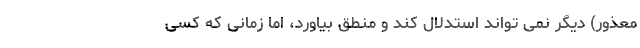
معذور) دیگر نمی تواند استدلال کند و منطق بیاورد، اما زمانی که کسی